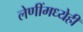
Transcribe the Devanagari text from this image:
लेणींमध्येही